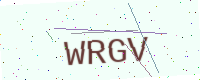
Text: WRGV